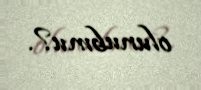
olunubmu?.